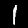
Label: 1